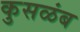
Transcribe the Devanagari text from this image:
कुसळंब